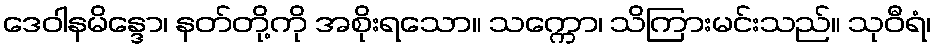
ဒေဝါနမိန္ဒော၊ နတ်တို့ကို အစိုးရသော။ သက္ကော၊ သိကြားမင်းသည်။ သုဝီရံ၊